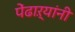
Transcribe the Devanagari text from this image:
पेंढाऱ्यांनी